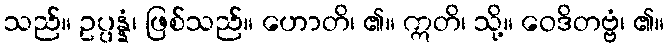
သည်။ ဥပ္ပန္နံ၊ ဖြစ်သည်။ ဟောတိ၊ ၏။ ဣတိ၊ သို့။ ဝေဒိတဗ္ဗံ၊ ၏။